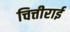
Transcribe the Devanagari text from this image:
चित्तीराई